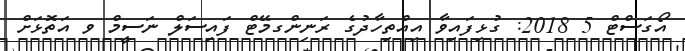
އޯގަސްޓް 5 2018: ގުޅިފައިވާ އިއްތިހާދުގެ ރަނިންގމޭޓް ފައިސަލް ނަސީމް ވ އަތޮޅަށް